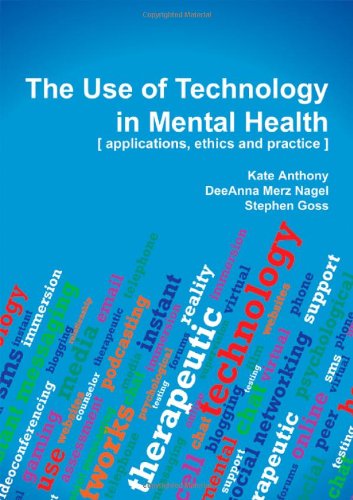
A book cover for The Use of Technology in Mental Health: Applications, Ethics and Practice; Kate Anthony; Medical Books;